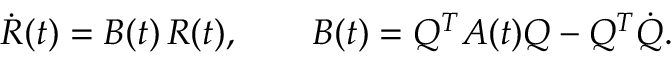
\dot { R } ( t ) = B ( t ) \, R ( t ) , \qquad B ( t ) = Q ^ { T } A ( t ) Q - Q ^ { T } \dot { Q } .